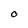
Character: O